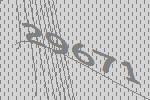
29671